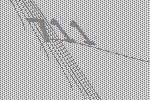
711